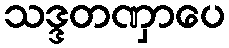
သဒ္ဒတဏှာပေ